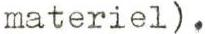
materiel).